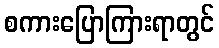
စကားပြောကြားရာတွင်